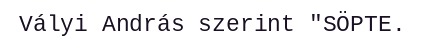
Vályi András szerint "SÖPTE.